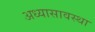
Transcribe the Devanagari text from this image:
अध्यासावस्था